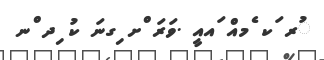
ުރ ަކ ެމއް ައއީ .ވަރަ ްށ ިގނަ ކު ިދ ްނ